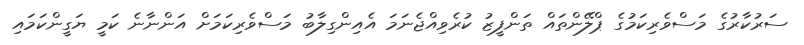
ސަރުކާރުގެ މަސްވެރިކަމުގެ ޕްލޭންތައް ތަންފީޒު ކުރެވިއްޖެނަމަ އެއިންގިލާބު މަސްވެރިކަމަށް އަންނާނެ ކަމީ ޔަގީންކަމައި